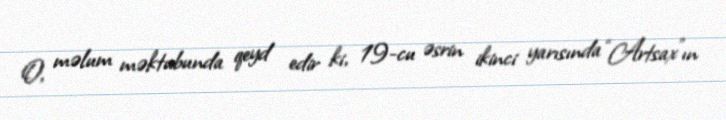
O, məlum məktubunda qeyd edir ki, 19-cu əsrin ikinci yarısında “Artsax”ın